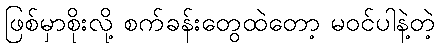
ဖြစ်မှာစိုးလို့ စက်ခန်းတွေထဲတော့ မဝင်ပါနဲ့တဲ့